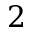
2